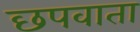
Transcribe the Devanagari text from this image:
छपवाता